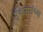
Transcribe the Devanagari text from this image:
पुंकेसरांच्या